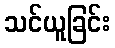
သင်ယူခြင်း